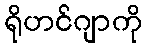
ရိုဟင်ဂျာကို